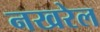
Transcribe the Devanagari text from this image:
नखरेल